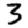
Digit: 3